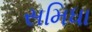
સમિધા